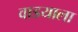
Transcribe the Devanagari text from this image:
वाडयाला